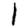
Digit: 1